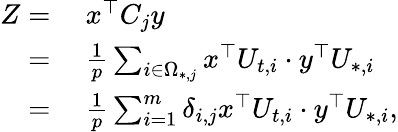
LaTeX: \begin{array}{rl}{Z=}&{~x^{\top}C_{j}y}\\ {=}&{~\frac{1}{p}\sum_{i\in\Omega_{*,j}}x^{\top}U_{t,i}\cdot y^{\top}U_{*,i}}\\ {=}&{~\frac{1}{p}\sum_{i=1}^{m}\delta_{i,j}x^{\top}U_{t,i}\cdot y^{\top}U_{*,i},}\end{array}